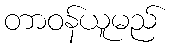
တာဝန်ယူမည်